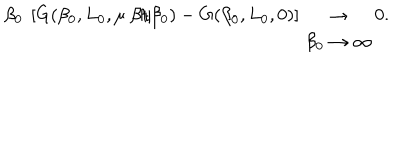
LaTeX: \beta _ { 0 } \ \left[ G ( \beta _ { 0 } , L _ { 0 } , \mu \ \beta / \beta _ { 0 } ) - G ( \beta _ { 0 } , L _ { 0 } , 0 ) \right] \begin{array} { c } { { \rightarrow } } \\ { { \beta _ { 0 } \rightarrow \infty } } \\ \end{array} 0 .